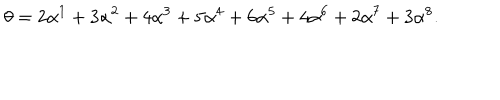
\theta = 2 \alpha ^ { 1 } + 3 \alpha ^ { 2 } + 4 \alpha ^ { 3 } + 5 \alpha ^ { 4 } + 6 \alpha ^ { 5 } + 4 \alpha ^ { 6 } + 2 \alpha ^ { 7 } + 3 \alpha ^ { 8 } .